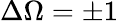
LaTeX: \Delta\Omega=\pm 1